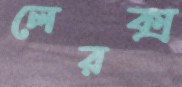
লেরক্স